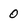
Character: 0